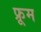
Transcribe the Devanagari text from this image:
फ्रूम